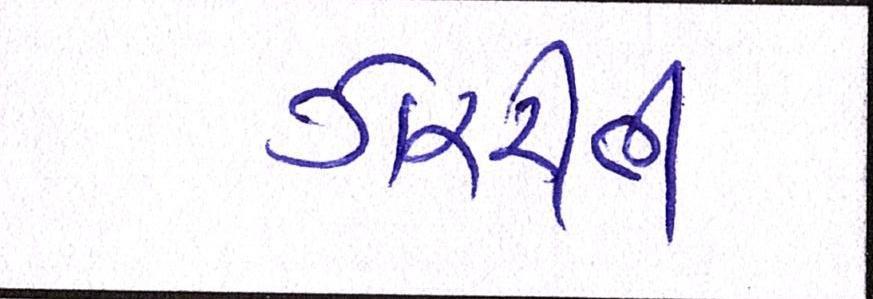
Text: ગેરરીતી